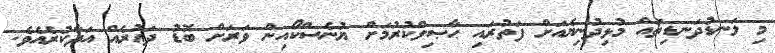
މި ލަނޑުދަނޑިތައް މުޅިދުނިޔެއަށް ފަތުރައި ޙާޞިލްކުރުމަށް ޔުނެސްކޯއިން ވަރަށް ބޮޑު ދައުރެއް އަދާކުރެއެވެ.